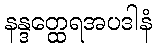
နန္ဒတ္ထေရအပဒါနံ